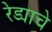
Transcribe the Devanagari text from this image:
रेड्याचे